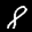
Label: 8